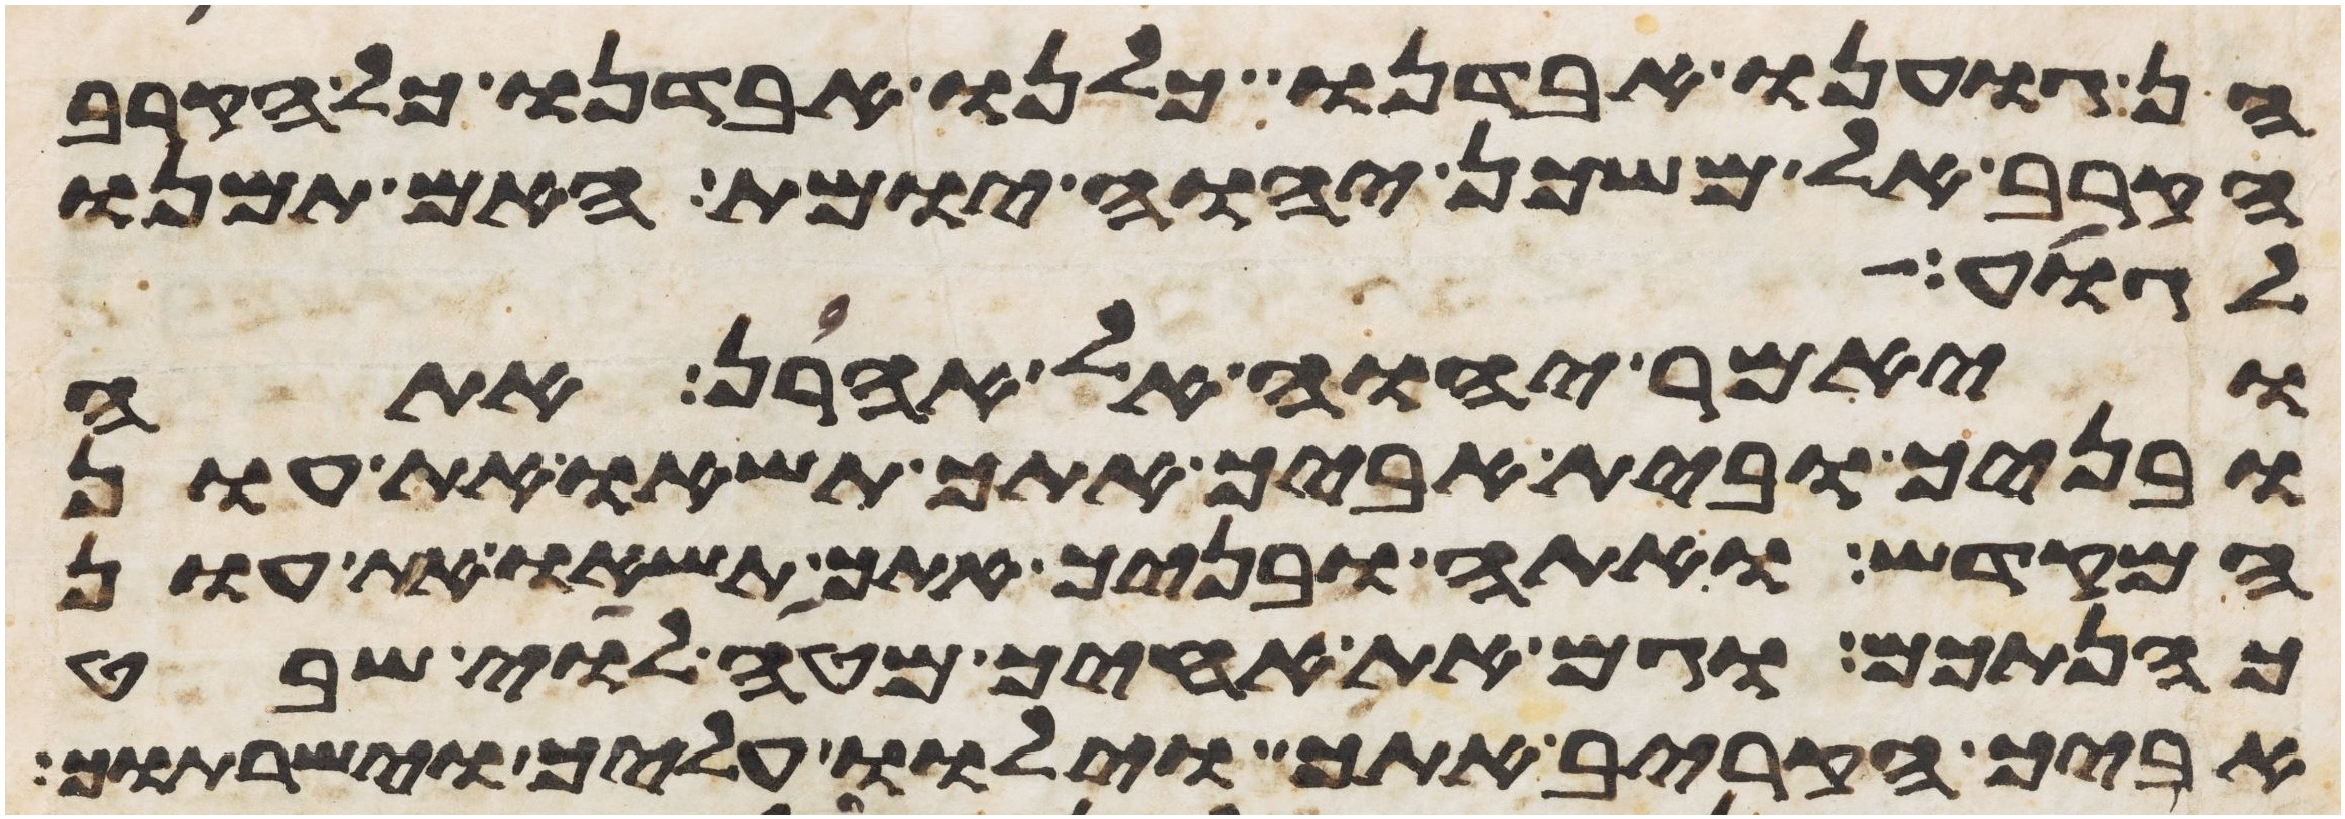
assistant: הן גוענו אבדנו כלנו אבדנו כל הקרוב
הקרב אל משכן יהוה יומת האם תמנו
לגוע
ויאמר יהוה אל אהרן אתה
ובניך ובית אביך אתך תשאו את עון
המקדש ואתה ובניך אתך תשאו את עון
כהנתכם וגם את אחיך מטה לוי שבט
אביך הקריב אתך וילוו עליך וישרתוך